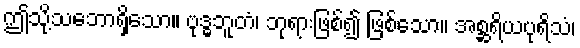
ဤသို့သဘောရှိသော။ ဗုဒ္ဓဘူတံ၊ ဘုရားဖြစ်၍ ဖြစ်သော။ အစ္ဆရိယပုရိသံ၊